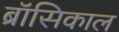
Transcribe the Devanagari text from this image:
ब्रॉसिकाल